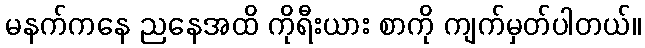
မနက်ကနေ ညနေအထိ ကိုရီးယား စာကို ကျက်မှတ်ပါတယ်။